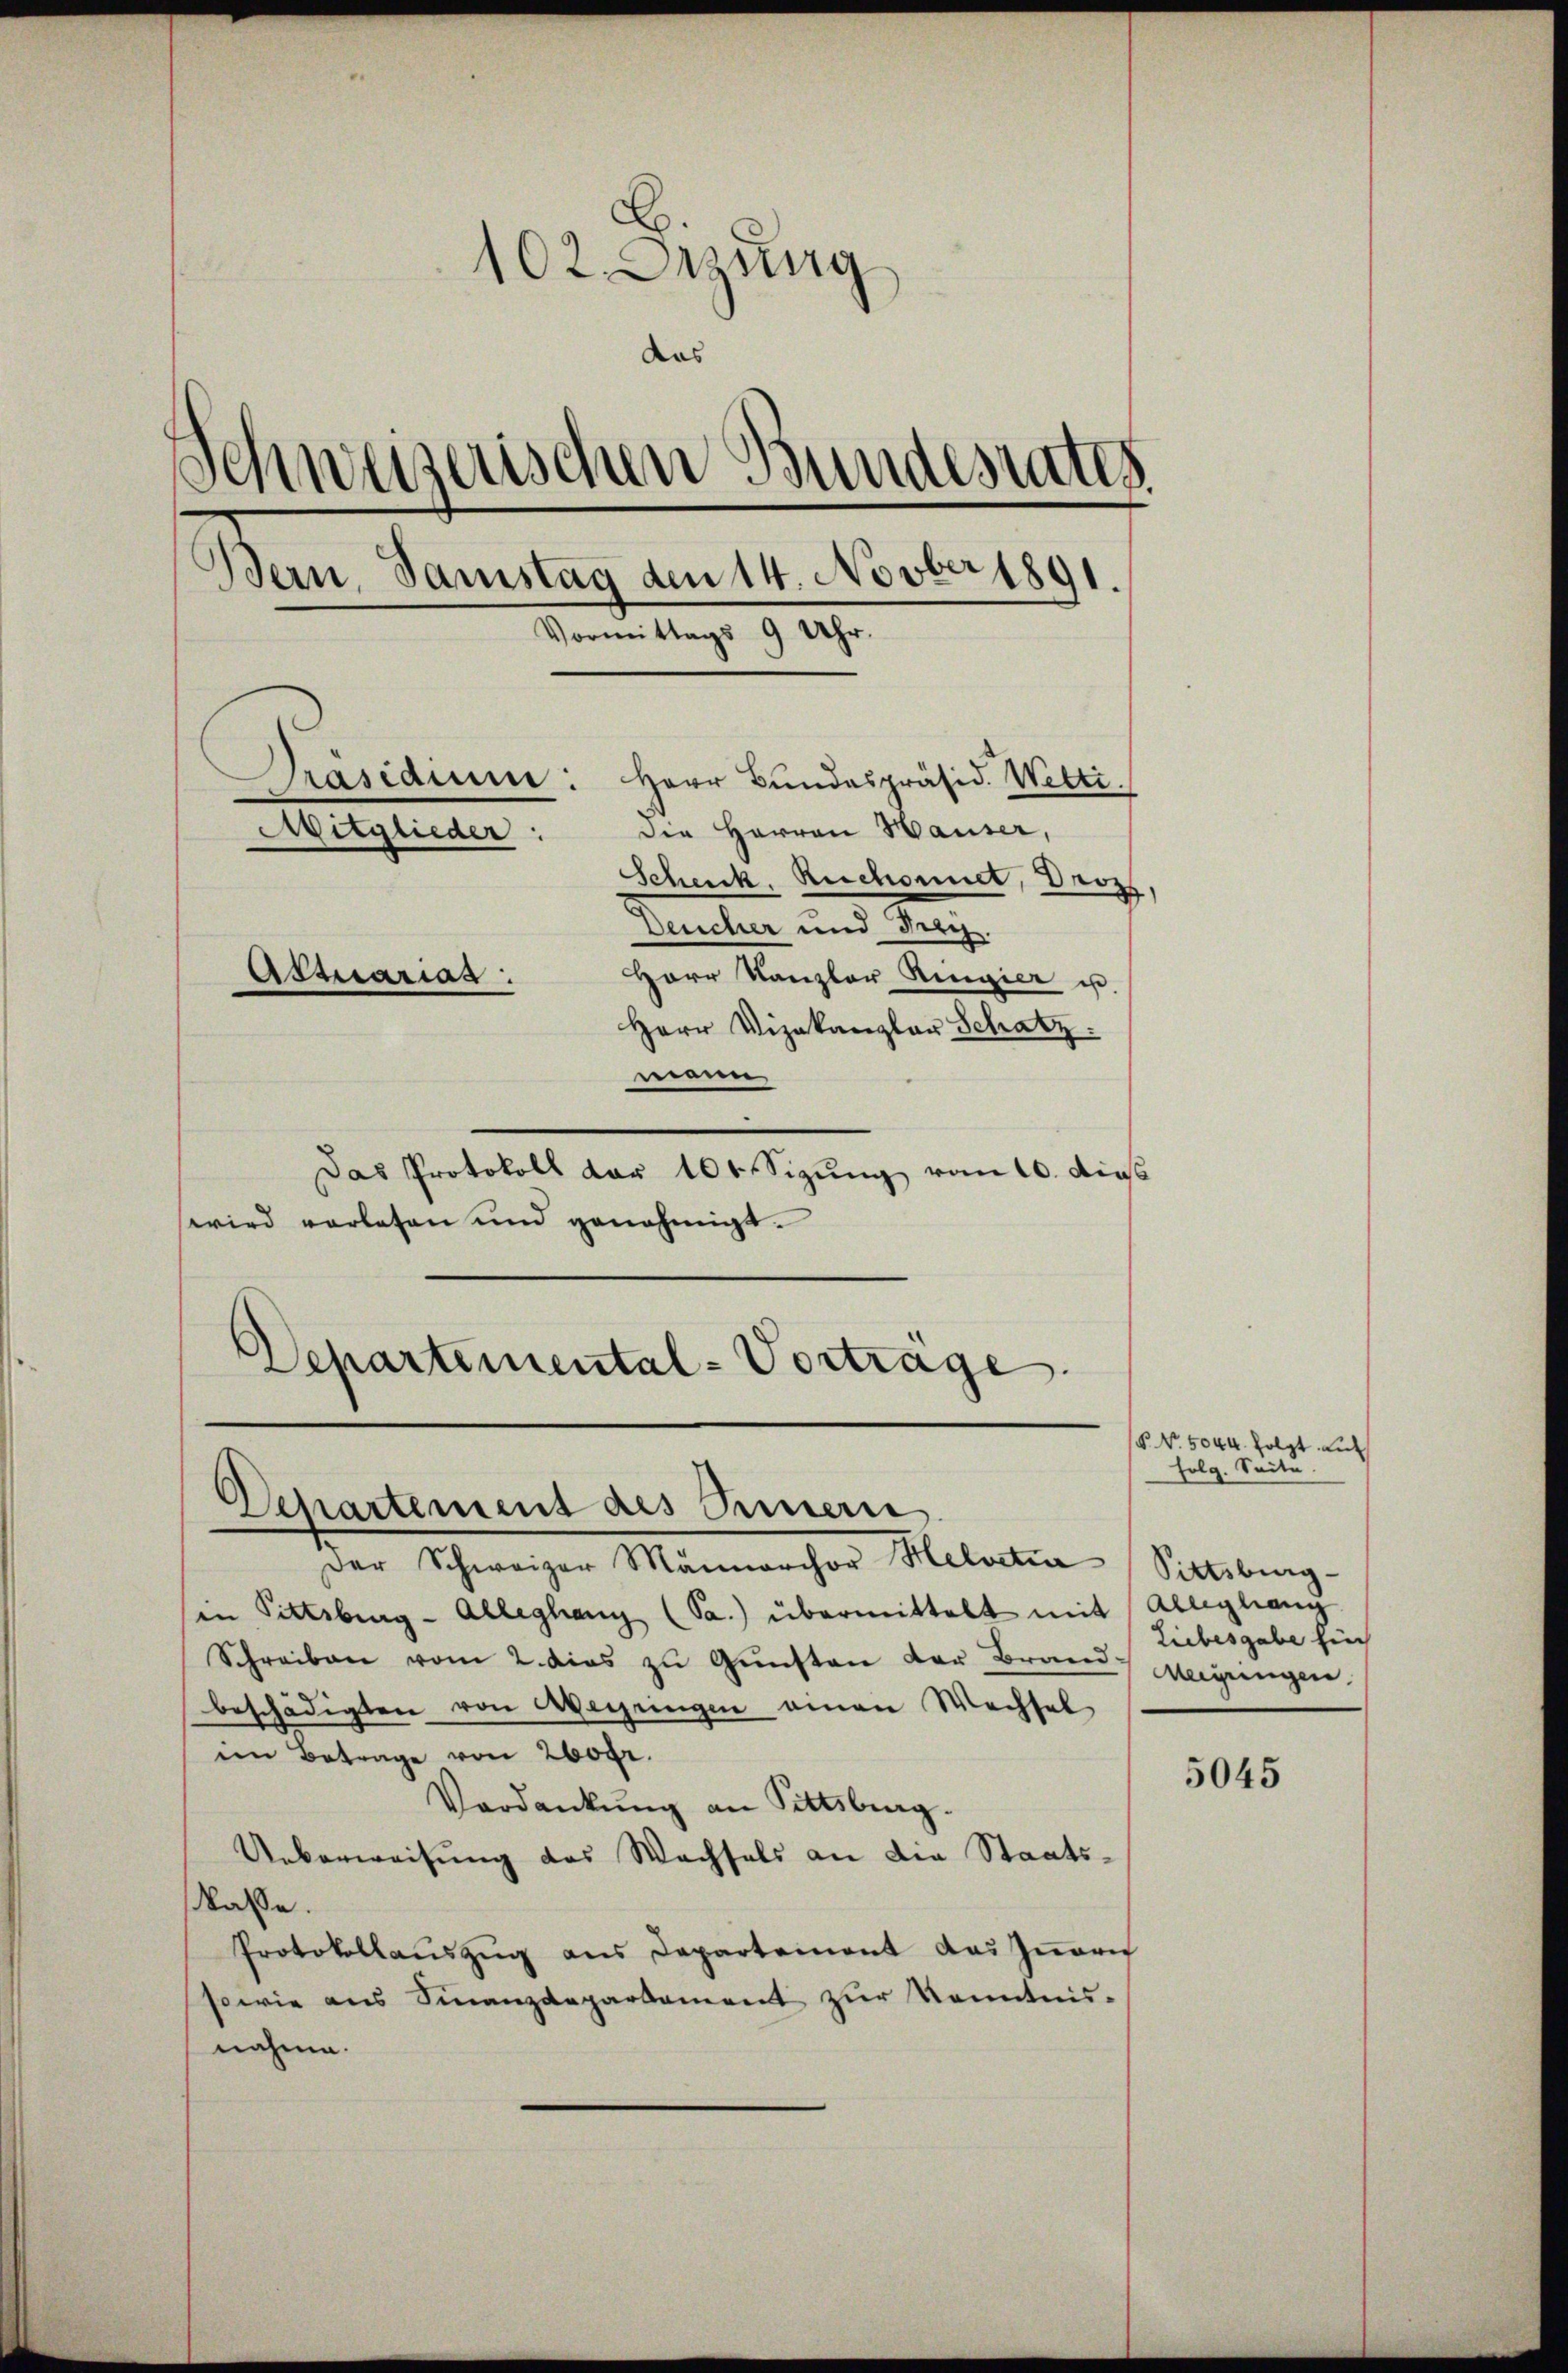
102. Dezung
das
.
munzerischen Bundesrates
Bern, Samstag den 14. Novber 1891.
.
Vormittags 9 Uhr.
Präsidium: Herr Bundespräsid. Welti.
die Herren Hauser,
Mitglieder:
Schenk, Ruchonnet, Droz,
Deucher und Dich.
Herr Kanzler Regier is
Attuarias:
Herr Vizekanzlar Schatz.
mein

Das Protokoll dar 101 Sizung vom 10. Aus
wird vorlesen und genehmigt.
Departemental-Vortrage

Departement des Innern

Der Schweizer Männerchor Helvetia
sin Pittsburg - Alleghang (Sa.) übermittelt mit Allegang
Schreiben vom 2. dies zŭ Gŭnsten der Brand.
beschädigten von Wegengen einen Wechsel
im Betrage von 200fr.
Verdankŭng an Pittsburg.
Ueberweisung des Wechsels an die Staatsaße.
Protokollaŭszŭg ans Departement das Innern
sowie aus Finanzdepartement zŭr Kenntnis-
nahme.

P. Nr. 5044. folgt auf
folg. Seite.
Pittsburg
Liebesgabe für
Meigringen.

5045